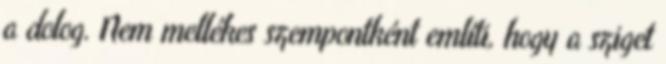
a dolog. Nem mellékes szempontként említi, hogy a sziget